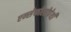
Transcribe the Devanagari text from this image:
एन्सेफोलोपेथी